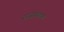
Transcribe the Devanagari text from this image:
राजस्थान।